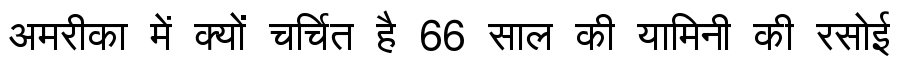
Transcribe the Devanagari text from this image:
अमरीका में क्यों चर्चित है 66 साल की यामिनी की रसोई